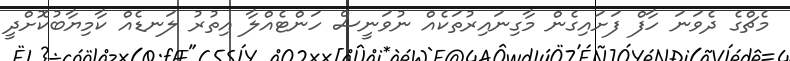
މެޗްގެ ދެވަނަ ހާފް ފަށައިގެން މާގިނައިރުތަކެއް ނުވަނީސް ހަންޓެއްލާ އިތުރު ލަނޑެއް ކާމިޔާބުކޮށްދީ